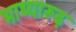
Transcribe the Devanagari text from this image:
भाष्यारूढ़